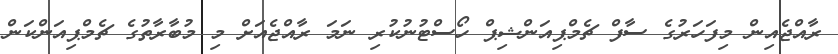
ރާއްޖެއިން މިފަހަރުގެ ސާފް ޗެމްޕިއަންޝިޕް ހޯސްޓުނުކުރި ނަމަ ރާއްޖެއަށް މި މުބާރާތުގެ ޗެމްޕިއަންކަން